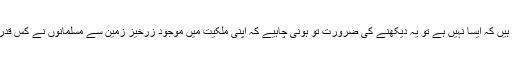
چلیے مان لیتے ہیں کہ ایسا نہیں ہے تو یہ دیکھنے کی ضرورت تو ہونی چاہیے کہ اپنی ملکیت میں موجود زرخیز زمین سے مسلمانوں نے کس قدر فائدہ اُٹھایا ہے۔